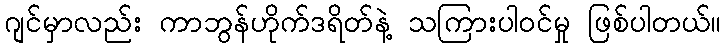
ဂျင်မှာလည်း ကာဘွန်ဟိုက်ဒရိတ်နဲ့ သကြားပါဝင်မှု ဖြစ်ပါတယ်။